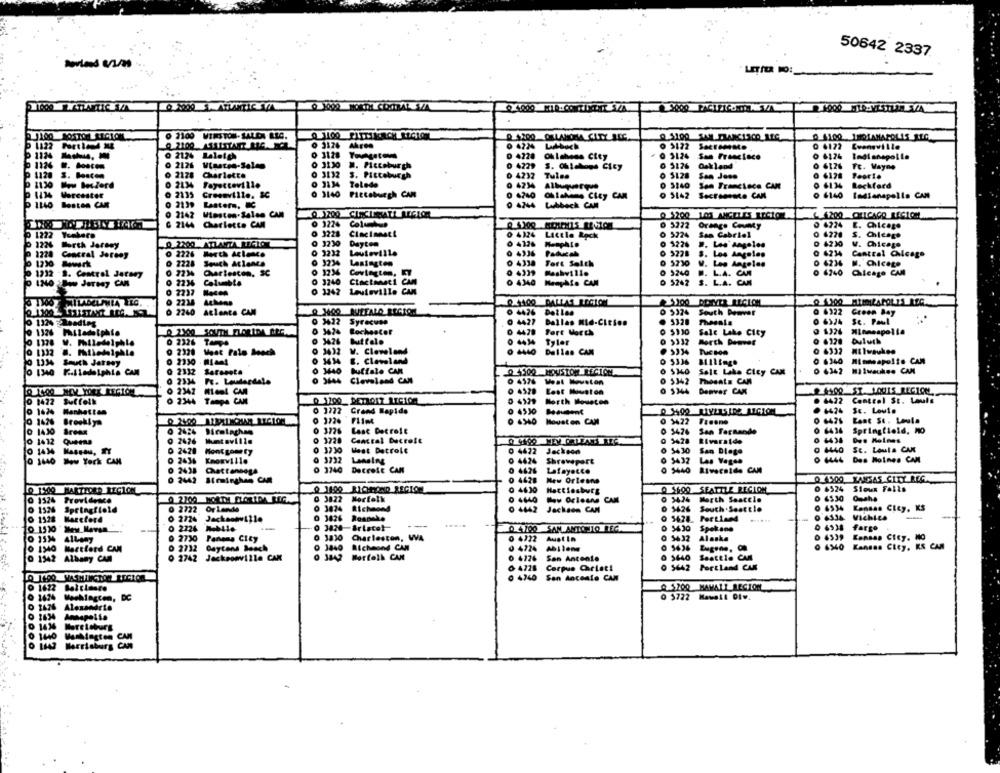
50642 2337
O 2100 WINSTON- SALDA REG.
0 3126 Akcen
0 4224 Luk-bach
0 5122 SACEAMMO
0 6122 Ewaneville
0 2124 Lalatch
0 3128 TovAgeCOM
D 4228 Oklahoma City
0 3124
San Francisco
0 6124
1126 #. bo
0 2126
o 3130 W. Ficcoburgh
0 4229 S. Chlahogs City
0 5126
Oakland
0 6126
Ft. Wayne
1120 S. Boston
0 2178
Charlotte
0 3132
3. Piccoburgh
0 4232
Tulsa
0 5128
San Jose
0 6128
Teorie
2134
0 3134
Toledo
0 4234
0 3140
San Francisco CAM
Rockford
0 2135
Creewville. IC
0 3140
Pittsburgh CAM
0 4240
0 6140
Indianapolis CAN
4434 Worcester
oh takeme City CAM
0 5142
1140 Besten CAR
2139
Lastern, BC
0 4244
Lubbock CAM
0 2142 Winston-Salem CAM
O $200 LOS ANGELES RECTOR
6.1200 CLICACO RECTOM
C 2144 Charlotte CAM
0 3224
0 5222
Orange County
0 4224
E. Chicago
0 3228
0 5224
Sam Cabriel
0 6228
0 1222
0 4324 Little Rock
9 1226
Worth Jersey
0.2200 ATLANTA REGION
0 1230
Dayton
0 4126
». Los Angeles
0 4230
V. Chicago
1228 Conceal Jeremy
O 2226 Barth Aclance
Louieville
0 4336
Paducah
0 3278
$. Los Angeles
0 4234
Central Chicago
0 1230 -wrk
0 2228 Seuch Atlanco
0 3234
Lexington
0 4338
Tort Solch
0 5230
V. Los Angeles
0 6234
M. Chicote
0 1234
0 4339
5240
0 1232 - 8. Central Jatany
7234 Cartesten, SC
Covington,
.. L.A. CAN
6240 Chicago CAM
1240 :Bow Jersey CAM
0 2236 Columbia
0 3240 Ctactmet1
CAM
0 4340
Menyhfo CAM
D 5242
S. L.A. CAM
0 2237 Hacen
0 3242
Louisville CAR
0 2218 Achams
Q 1100 DALLAS REGION
100 DENYER REGION
Q 1600 QUEFALO RECTO.
0 6322
O 2240 Atlanta CAM
0 4426 Detlas
South Dewvat
Green Bay
0 1124 Reading
0 3422
Syracuse
0 4427
Dallas Mid-Cities
. 5328
0 6324
St. Paul
0 1326 Philadelphie
0 3424
Rochester
0 4478 Fort Worth
Sale Lake City
1326
10 1328
V. Philadelphie
0 3426
buttalo
0 4434
Tyler
0 5337
Borth Demver
Duluth
0 2326 Tampa
0 3432
0 1132
0 2320 Mest Falo Beach
V. Cleveland
0 4440
Dallas CAN
0 1334 South Jetsay
0 2330 - MIaml
E. Cleveland
0 5336
0 1340 F .. iladelphia CAM
O 2332 Sarasota
0 3440
buffalo CAM
0 4500 HOUSTON REGION
O S140
Salt Lake City CAR
0 6342
HIIwaukee CAM
0 2334
Fe. Ledardele
9644
Cleveland CAN
0 5342
Thesats CAN
0 4576 Weat Moweton
...
0 2342 MLeal CAM
0 4528 Lest Houston
0 $344
Denver CAN
£ 4100 ST.LOUIS_REGION.
0 1422 Suffolk
0 2:344
Tampa CAM
0 1200_ DETRO17 17G102
0 4529
North Houston
. 4422
Control St. Louis
0 1624 Manhattan
0 1772 Grand Rapids
0 4530
Sc. Low1.
0 1426 Brooklyn
0 6340 Houston CAN
0 9422
0 6425
0 1410 Areas
0 3726 Cast Detroit
0 3424
San Fernando
0 6434
Springfield, NO
0 1412 Queena
0 2626
3720
Central Decroft
Riverside
Dre Melmes
0 3730
0 5430
0 1440
SE. Loula CAK
0 1434
0 2428 Montgomery
West Detroit
0 4422
Jackson
San Diego
1440 New York CAN
0 2436 Knoxville
0 3732
0 4424
Shreveport
0 5432
Las Vegas
0 4444
Des Moines CAN
0 2438 Chattanooga
0 3740
Decreit CAN
0 4426
Lafayette
$440
Riverside CAM
0 2442 Biminghan CA
0 4428 New Orleans
Q 4500 KANSAS CITY REG.
@ 11:00 RICHMOND REGLOE
0 4630
A 5600 SEATTLE REGION
6524
Sioux Falls
Q 1500 MARTTOER REGION
0 1524
Providence
0 3822
Norfolk
0 4640
New Orleans CAM
0 3424
North Seatele
Oushe
0 1526
Springfield
0 2722
Or Lande
0 3824
Richmond
0 4442
Jackson CAM
1426
South . Seattle
Kansas City, KS
1528 Marcford
O 2724 Jacksonville
0 3426
0 5428.
0 6334
VichLes
-
0 2224 M-ble
.....
0 6938
10 1510 " Mew Navan
0 4100 SAN ANTONIO REG
Spokane
farge
ALLany
0 2730 Panama City
0 3830
Qoo
Charleston, WA
0 4322
Aust In
0 5632
Alaska
Kansas City. NO
0 1340 Martlord CAN
0 2732 Gaycena Beach
0 3840 Richmond CAN
0 4724 AbIlene
6340
Kansas City, KS CAM
0 1942 Albany CAM
0 2742 Jacksonville CAK
0 3842
Norfolk CAN
0 5440
Seattle CAM
0 4726 San Antenie
0 4728
Corpus Christ!
5442
Portland CAK
Q 1690 WASHINGTON REGION
0 4740 San Ancente CAM
0 1422
A.5200 MAMALI REGION
1624
0 5722 Mawell Dlw.
Alexandrte
1634
Annapolis
0 1440
0000000
Harrisburg CAN